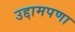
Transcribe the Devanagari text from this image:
उद्दामपणा